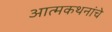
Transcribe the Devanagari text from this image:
आत्मकथनांचे